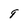
Character: 9